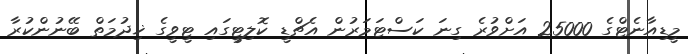
މީޑިއާނެޓްގެ 25000 އަށްވުރެ ގިނަ ކަސްޓަމަރުން އެޗްޑީ ކޮލިޓީގައި ޓީވީގެ ޚިދުމަތް ބޭނުންކުރާ